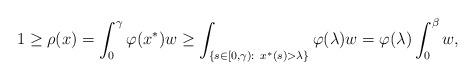
LaTeX: \begin{align*}1 \ge \rho(x) = \int_0^\gamma \varphi(x^*)w \ge \int_{\{s\in [0,\gamma): \ x^*(s) > \lambda\}} \varphi(\lambda) w = \varphi(\lambda) \int_0^\beta w,\end{align*}